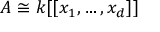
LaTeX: A \cong k [ [ x _ { 1 } , \ldots , x _ { d } ] ]